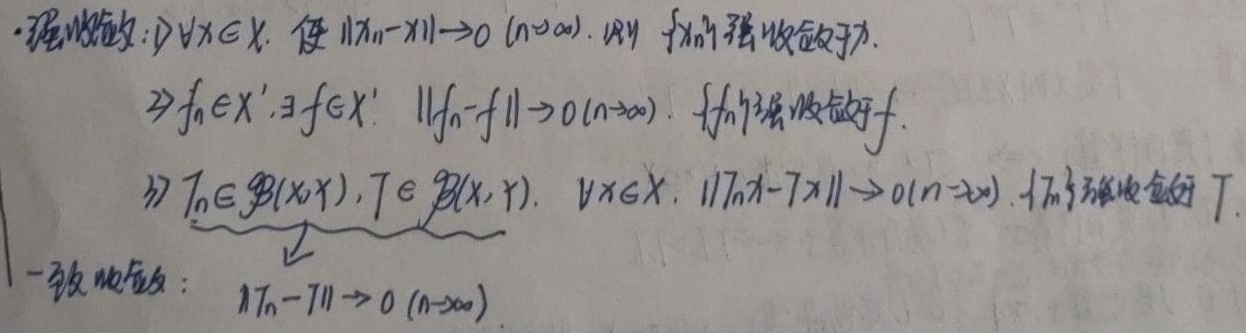
- 强收敛：\(\forall x\in X\)，使 \(\|x_n - x\|\to 0\ (n\to\infty)\)，则 \(\{x_n\}\) 强收敛于 \(x\)。
\(\exists f_n\in X'\)，\(\exists f\in X'\)，\(\|f_n - f\|\to 0\ (n\to\infty)\)，\(\{f_n\}\) 强收敛于 \(f\)。
\(\exists T_n\in \mathcal{B}(X,Y)\)，\(T\in \mathcal{B}(X,Y)\)，\(\forall x\in X\)，\(\|T_nx - Tx\|\to 0\ (n\to\infty)\)，\(\{T_n\}\) 强收敛于 \(T\)。
\(\downarrow\)
- 一致收敛：\(\|T_n - T\|\to 0\ (n\to\infty)\)